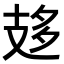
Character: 𢻈